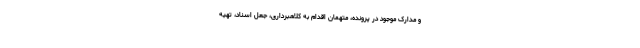
و مدارک موجود در پرونده، متهمان اقدام به کلاهبرداری، جعل اسناد، تهیه